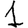
Digit: 1